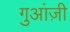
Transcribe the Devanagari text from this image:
गुआंज़ी